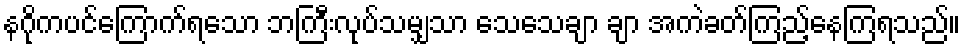
နဂိုကပင်ကြောက်ရသော ဘကြီးလုပ်သမျှသာ သေသေချာ ချာ အကဲခတ်ကြည့်နေကြရသည်။